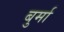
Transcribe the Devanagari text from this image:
बुर्मा